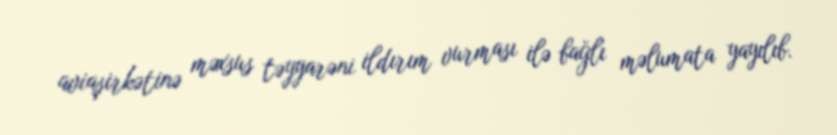
aviaşirkətinə məxsus təyyarəni ildırım vurması ilə bağlı məlumata yayılıb.